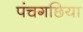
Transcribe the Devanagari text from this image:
पंचगछिया